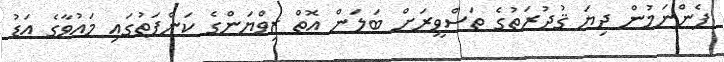
ފެންނަމުން ދިޔަ ޤުދުރަތުގެ ތަސްވީރަށް ބަލަން އޮތް ޒިވްޔަންގެ ކަންފަތުގައި މައުވާގެ އަޑު